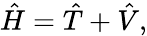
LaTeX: {\hat{H}}={\hat{T}}+{\hat{V}},